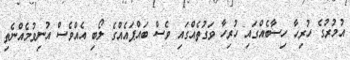
އުމުރުގެ ހުރިހާ ހިސާބެއްގައި ހުރިހާ ވަގުތެއްގައި ވެސް ބައްޕައެއްގެ ލޯބި އެއްވެސް އުނިވުމެއްނެތި